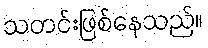
သတင်းဖြစ်နေသည်။